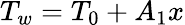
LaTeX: T_{w}=T_{0}+A_{1}x